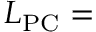
L _ { \mathrm { P C } } =